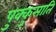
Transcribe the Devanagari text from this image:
पुक्कुसाति